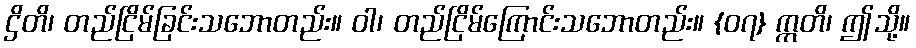
ဌိတိ၊ တည်ငြိမ်ခြင်းသဘောတည်း။ ဝါ၊ တည်ငြိမ်ကြောင်းသဘောတည်း။ {၀၇} ဣတိ၊ ဤသို့။